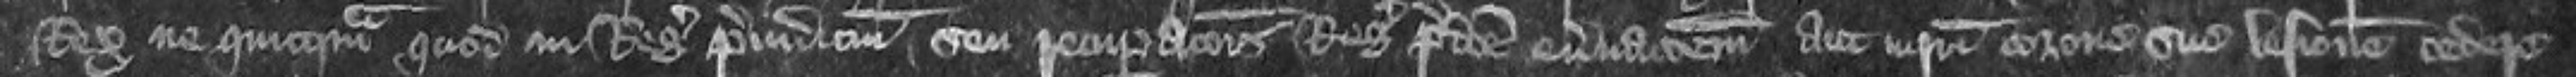
Rex ne quicquam quod in Regis preiudicium seu recuperationis Regis predicte enervationem aut iniurium corone sue lesionem cedere